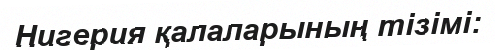
Нигерия қалаларының тізімі: